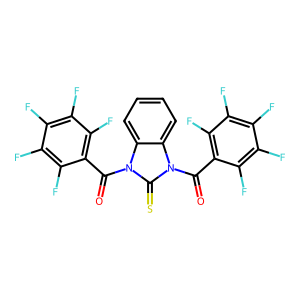
SMILES: O=C(c1c(F)c(F)c(F)c(F)c1F)n1c(=S)n(C(=O)c2c(F)c(F)c(F)c(F)c2F)c2ccccc21
Inhibits HIV replication: No